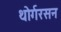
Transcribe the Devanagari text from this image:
थोर्गरसन